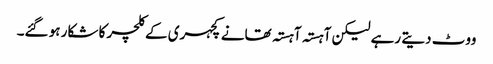
ووٹ دیتے رہے لیکن آہستہ آہستہ تھانے کچہری کے کلچر کا شکار ہو گئے۔